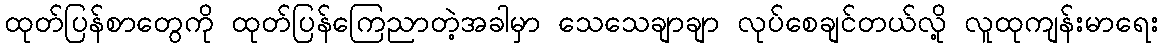
ထုတ်ပြန်စာတွေကို ထုတ်ပြန်ကြေညာတဲ့အခါမှာ သေသေချာချာ လုပ်စေချင်တယ်လို့ လူထုကျန်းမာရေး